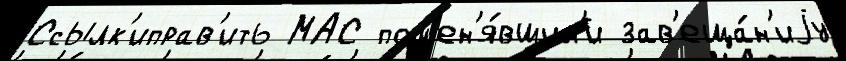
Ссылк'иправ'ить МАС пом'ен'я́вшим'и зав'еща́н'иjу